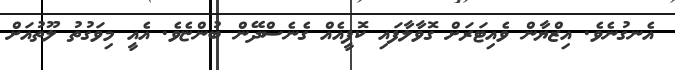
އެނގުނެވެ. އިޒްޔާން ވެއިޓަރަށް ގޮވާލާފައި ކޮފީއެއް ގެނެސްދޭން ބުންޏެވެ. އެއީ މިވަގުތު ލޫތުއަށް